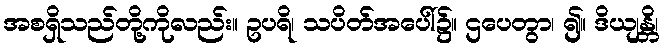
အစရှိသည်တို့ကိုလည်း။ ဥပရိ၊ သပိတ်အပေါ်၌။ ဌပေတွာ၊ ၍။ ဒိယျန္တိ၊